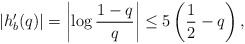
\begin{align*}\left|h_{b}'(q)\right|=\left|\log\frac{1-q}{q}\right|\leq5\left(\frac{1}{2}-q\right),\end{align*}